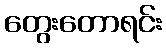
တွေးတောရင်း